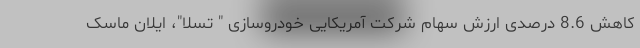
کاهش 8.6 درصدی ارزش سهام شرکت آمریکایی خودروسازی " تسلا"، ایلان ماسک